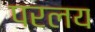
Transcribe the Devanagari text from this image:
परलय